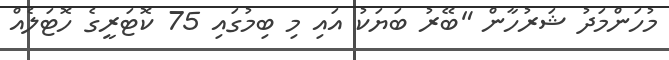
މުހަންމަދު ޝަރުހާން "ބޭރު ބަޔަކު އައި މި ބިމުގައި 75 ކޮޓަރީގެ ހޮޓަލެއް